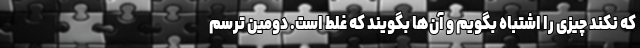
که نکند چیزی را اشتباه بگویم و آن‌ها بگویند که غلط است. دومین ترسم